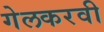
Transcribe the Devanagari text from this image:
गेलकरवी